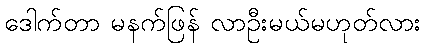
ဒေါက်တာ မနက်ဖြန် လာဦးမယ်မဟုတ်လား